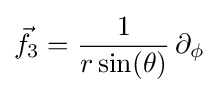
{\vec {f}}_{3}={\frac {1}{r\sin(\theta )}}\,\partial _{\phi }